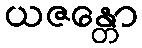
ယဇန္တော